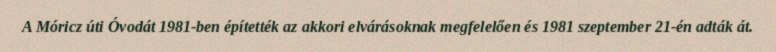
A Móricz úti Óvodát 1981-ben építették az akkori elvárásoknak megfelelően és 1981 szeptember 21-én adták át.